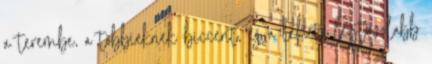
a terembe, a többieknek biccent, és a lehető legtávolabb